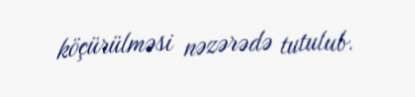
köçürülməsi nəzərədə tutulub.